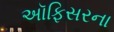
અૉફિસરના